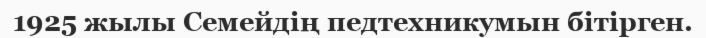
1925 жылы Семейдің педтехникумын бітірген.